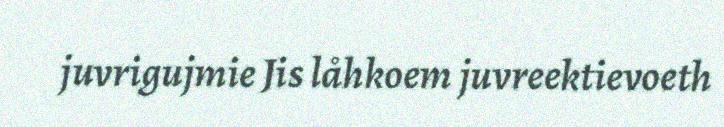
juvrigujmie Jis låhkoem juvreektievoeth